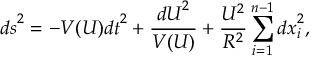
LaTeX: { d s } ^ { 2 } = - V ( U ) { d t } ^ { 2 } + \frac { { d U } ^ { 2 } } { V ( U ) } + \frac { U ^ { 2 } } { R ^ { 2 } } \sum _ { i = 1 } ^ { n - 1 } { d x } _ { i } ^ { 2 } ,